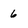
Character: 6